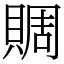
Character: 賙